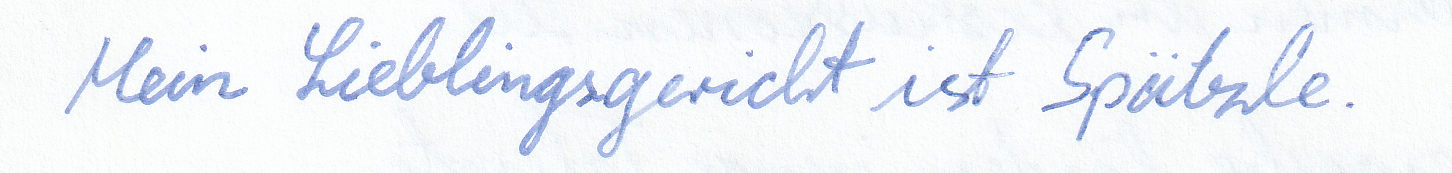
Mein Lieblingsgericht ist Spätzle.